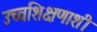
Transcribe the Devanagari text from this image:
उच्चशिक्षणाशी